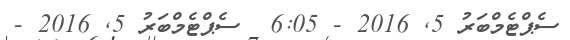
ސެޕްޓެމްބަރު 5